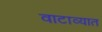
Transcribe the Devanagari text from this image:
वाटाव्यात